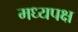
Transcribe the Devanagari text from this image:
मध्यपक्ष